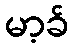
မာ့ခ်